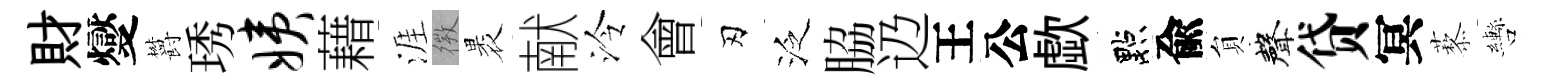
財燮欝琇姨藉涯𢕄褁献泠會刃泛脇辸王公歔點兪貟聲贷冥藜轡